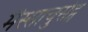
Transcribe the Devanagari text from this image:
मैस्साचुसेट्स